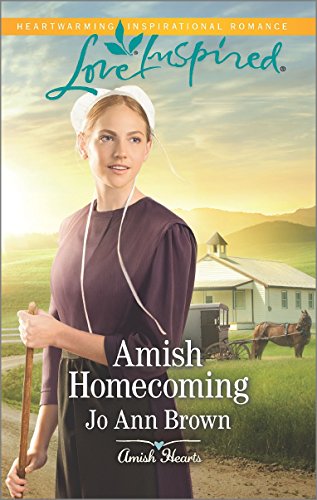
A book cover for Amish Homecoming (Amish Hearts); Jo Ann Brown; Romance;